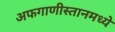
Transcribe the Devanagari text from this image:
अफगाणीस्तानमध्ये